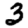
Digit: 3